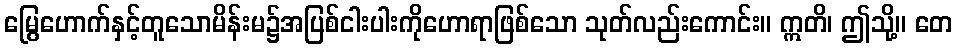
မြွေဟောက်နှင့်တူသောမိန်းမ၌အပြစ်ငါးပါးကိုဟောရာဖြစ်သော သုတ်လည်းကောင်း။ ဣတိ၊ ဤသို့။ တေ